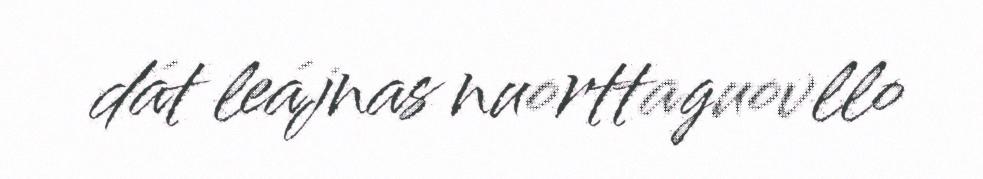
dát leájnas nuorttaguovllo